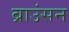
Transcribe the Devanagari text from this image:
ब्राउंसन